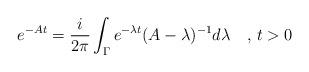
LaTeX: \begin{align*}e^{-At}=\frac{i}{2\pi}\int_{\Gamma} e^{-\lambda t}(A-\lambda)^{-1} d\lambda \quad,\,t>0\end{align*}